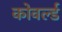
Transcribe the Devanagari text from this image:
कोवर्ल्ड